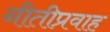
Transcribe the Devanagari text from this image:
नीतीप्रवाह